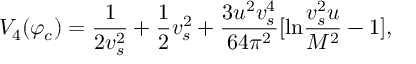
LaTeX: V _ { 4 } ( \varphi _ { c } ) = \frac { 1 } { 2 v _ { s } ^ { 2 } } + \frac { 1 } { 2 } v _ { s } ^ { 2 } + \frac { 3 u ^ { 2 } v _ { s } ^ { 4 } } { 6 4 \pi ^ { 2 } } [ \mathrm { l n } \frac { v _ { s } ^ { 2 } u } { M ^ { 2 } } - 1 ] ,